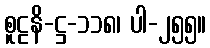
စူဠနိ-ဋ္ဌ-၁၁၈၊ ပါ-၂၅၅။